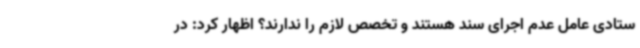
ستادی عامل عدم اجرای سند هستند و تخصص لازم را ندارند؟ اظهار کرد: در